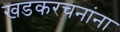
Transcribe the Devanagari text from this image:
खडकरचनांना